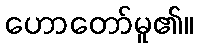
ဟောတော်မူ၏။